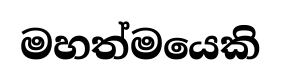
මහත්මයෙකි